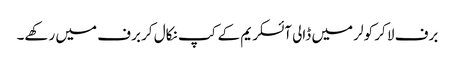
برف لا کر کولر میں ڈالی آئسکریم کے کپ نکال کر برف میں رکھے۔